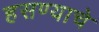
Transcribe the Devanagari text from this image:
हसण्याचे